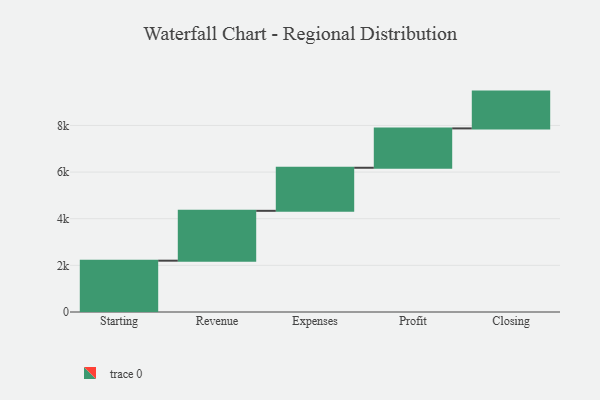
{"axis": {"x": "Step", "y": "Value"}, "legend": [""], "data": [{"x": "Starting", "y": 2201.0, "type": ""}, {"x": "Revenue", "y": 2138.0, "type": ""}, {"x": "Expenses", "y": 1847.0, "type": ""}, {"x": "Profit", "y": 1688.0, "type": ""}, {"x": "Closing", "y": 1578.0, "type": ""}]}